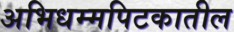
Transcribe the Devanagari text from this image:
अभिधम्मपिटकातील